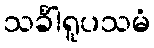
သင်္ခါရူပသမံ